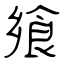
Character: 飨